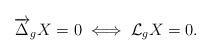
LaTeX: \begin{align*}\overrightarrow{\Delta}_g X=0\iff \mathcal{L}_g X=0.\end{align*}